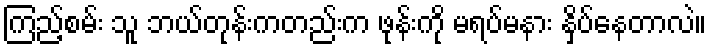
ကြည့်စမ်း သူ ဘယ်တုန်းကတည်းက ဖုန်းကို မရပ်မနား နှိပ်နေတာလဲ။